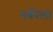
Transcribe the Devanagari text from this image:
नकीला